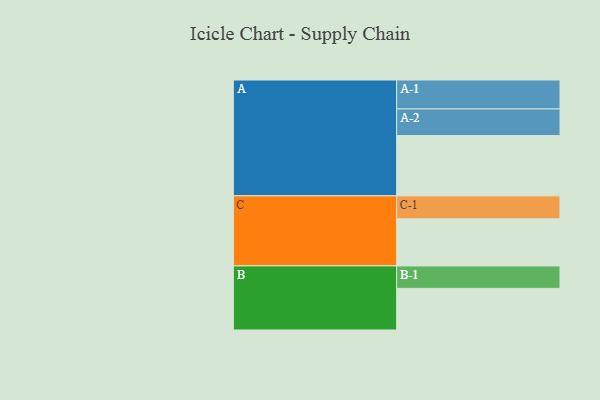
{"axis": {"x": "Segment", "y": "Value"}, "legend": ["", "A", "B", "C"], "data": [{"x": "A", "y": 504, "type": ""}, {"x": "B", "y": 348, "type": ""}, {"x": "C", "y": 394, "type": ""}, {"x": "A-1", "y": 242, "type": "A"}, {"x": "A-2", "y": 223, "type": "A"}, {"x": "B-1", "y": 188, "type": "B"}, {"x": "C-1", "y": 192, "type": "C"}]}